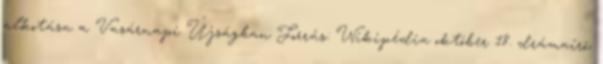
alkotása a Vasárnapi Újságban Forrás: Wikipédia október 18. drámaíró,